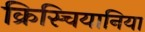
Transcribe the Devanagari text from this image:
क्रिस्चियानिया